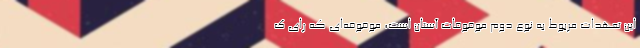
این تعهدات مربوط به نوع دوم موقوفات آستان است، موقوفه‌ای که رای ک